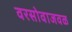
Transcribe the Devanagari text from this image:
वरसोवाजवळ